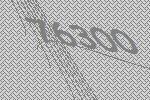
76300